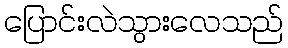
ပြောင်းလဲသွားလေသည်